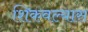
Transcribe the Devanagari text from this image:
शिकवल्यास